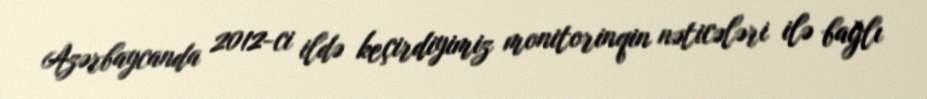
Azərbaycanda 2012-ci ildə keçirdiyimiz monitorinqin nəticələri ilə bağlı